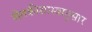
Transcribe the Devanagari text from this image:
शेतकीशास्त्रानुसार